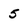
Character: 5